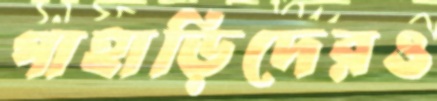
পাহাড়িদেরও